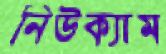
নিউক্যাম